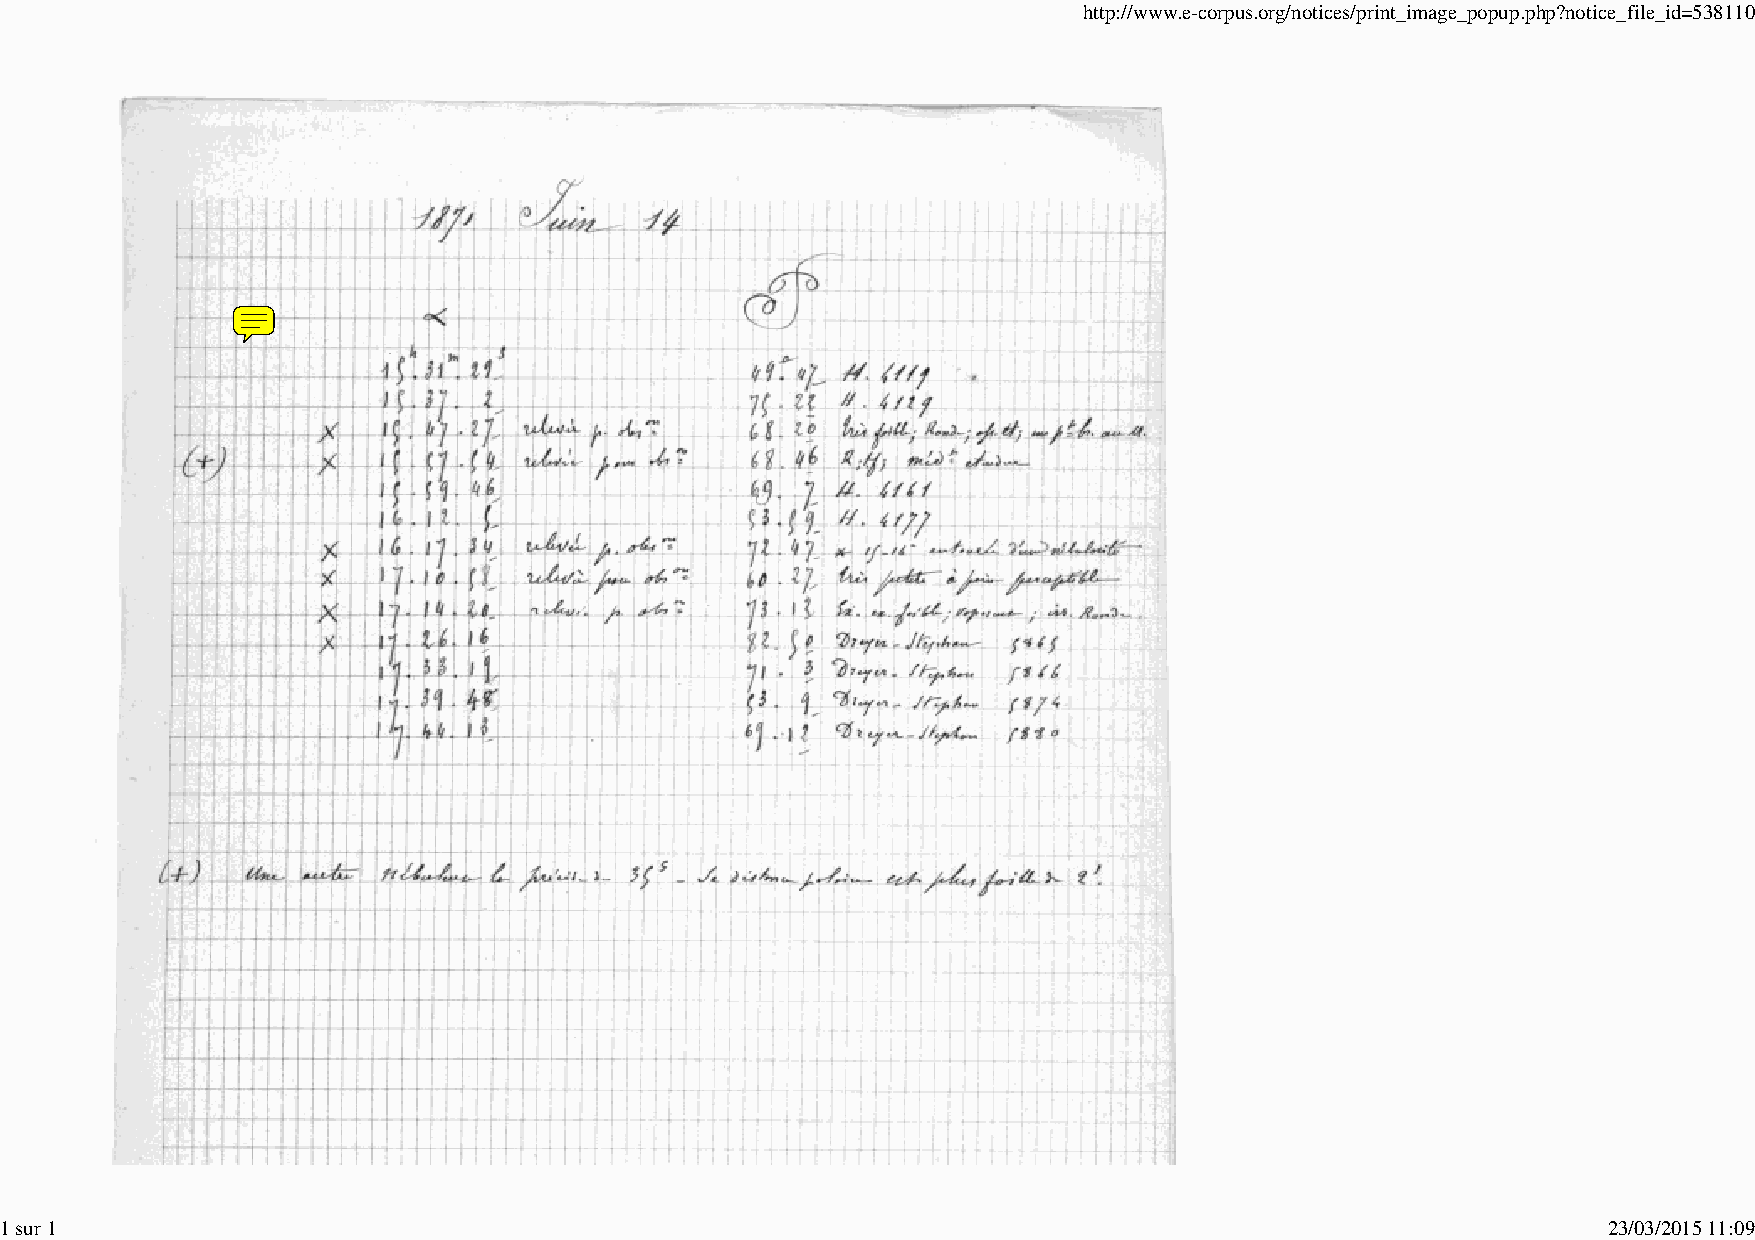
http://www.e-corpus.org/notices/print_image_popup.php?notice_file_id=538110
 1 sur 1                                                                                                   23/03/2015 11:09